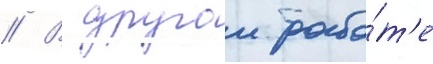
// В другои рабо́т'е